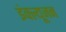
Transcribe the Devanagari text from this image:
इंक्ल्यूजन